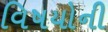
વિષયોની